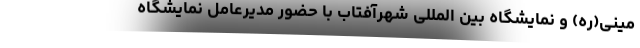
مینی(ره) و نمایشگاه بین المللی شهرآفتاب با حضور مدیرعامل نمایشگاه